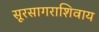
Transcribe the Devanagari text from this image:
सूरसागराशिवाय